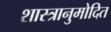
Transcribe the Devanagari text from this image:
शास्त्रानुमोदित